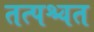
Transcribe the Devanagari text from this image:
तत्पश्चत